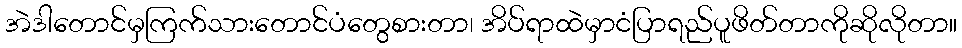
အဲဒါတောင်မှကြက်သားတောင်ပံတွေစားတာ၊ အိပ်ရာထဲမှာငံပြာရည်ပူဖိတ်တာကိုဆိုလိုတာ။